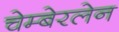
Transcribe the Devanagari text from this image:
चेम्बेरलेन